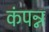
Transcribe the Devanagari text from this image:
कंपन्न